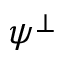
\psi ^ { \bot }